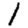
Digit: 1